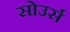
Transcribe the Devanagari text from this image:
सोउर्स